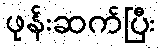
ဖုန်းဆက်ပြီး